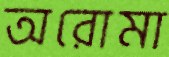
অরোমা